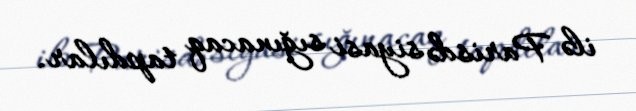
ilə Parisdə siyasi sığınacaq tapdılar.